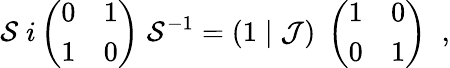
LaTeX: {\cal S}\; i\left(\begin{array}{cc}{{0}}&{{1}}\\ {{1}}&{{0}}\end{array}\right)\; {\cal S}^{-1}=(1\; \vert\; {\cal J})\; \left(\begin{array}{cc}{{1}}&{{0}}\\ {{0}}&{{1}}\end{array}\right)\; \; ,